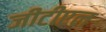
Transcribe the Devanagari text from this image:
जीटीएल